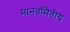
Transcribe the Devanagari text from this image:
मानवमितीय